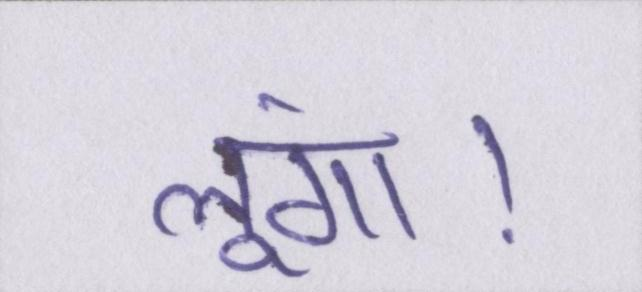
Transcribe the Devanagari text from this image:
लूंगा।